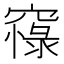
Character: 𥧴